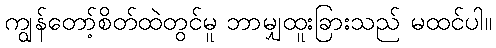
ကျွန်တော့်စိတ်ထဲတွင်မူ ဘာမျှထူးခြားသည် မထင်ပါ။